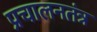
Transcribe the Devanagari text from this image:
प्रचालनतंत्र